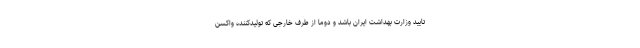
تایید وزارت بهداشت ایران باشد و دوما از طرف خارجی که تولیدکننده واکسن